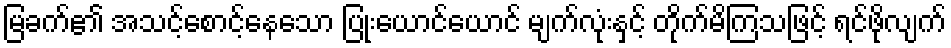
မြခက်၏ အသင့်စောင့်နေသော ပြုံးယောင်ယောင် မျက်လုံးနှင့် တိုက်မိကြသဖြင့် ရင်ဖိုလျက်